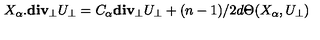
X _ { \alpha } . { \bf d i v _ { \perp } } U _ { \perp } = C _ { \alpha } { \bf d i v _ { \perp } } U _ { \perp } + ( n - 1 ) / 2 d \Theta ( X _ { \alpha } , U _ { \perp } )